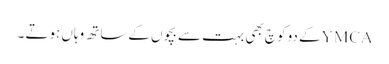
YMCAکے دو کوچ بھی بہت سے بچوں کےساتھ وہاں ہوتے ۔